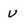
Character: u